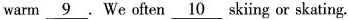
warm \underline{9} . We often \underline{10} skiing or skating.